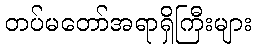
တပ်မတော်အရာရှိကြီးများ